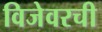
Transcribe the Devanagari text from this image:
विजेवरची